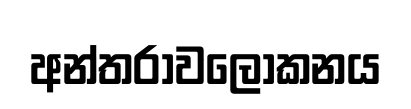
අන්තරාවලෝකනය